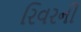
રિવરની